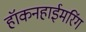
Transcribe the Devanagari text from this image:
हॉकनहाईमरिंग